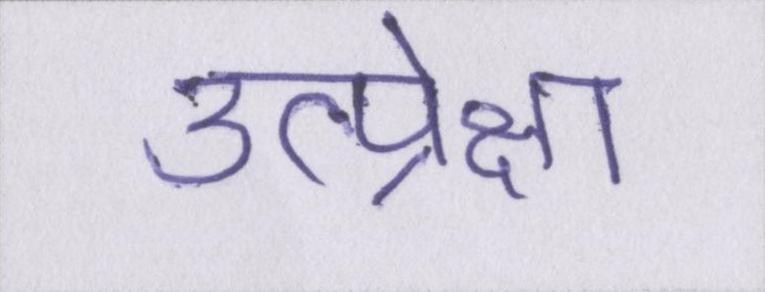
उत्प्रेक्षा